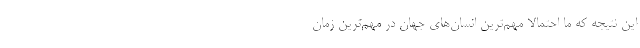
این نتیجه که ما احتمالاً مهم‌ترین انسان‌‌های جهان در مهم‌ترین زمان